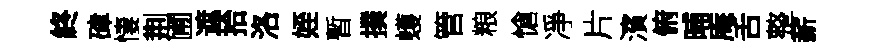
終硉悽荆圃遮拾洛姪暫撲蠖管粮愴凈片濱俯晡庵舌整薪